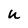
Character: u